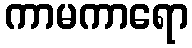
ကာမကာရော